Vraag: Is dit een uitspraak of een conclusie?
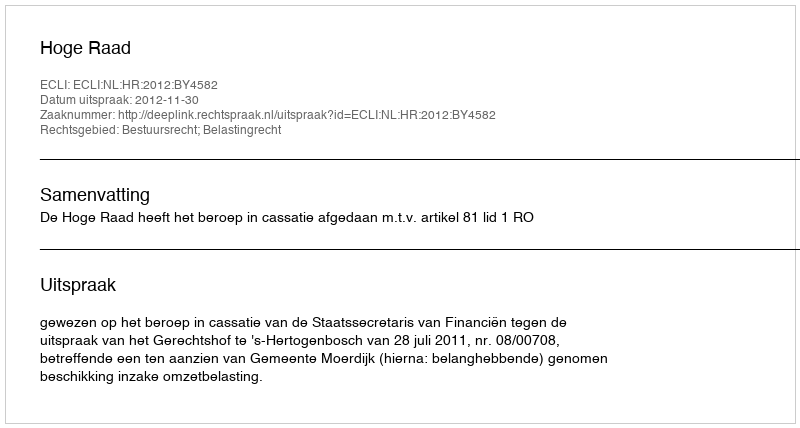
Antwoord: Uitspraak